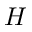
H